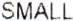
SMALL